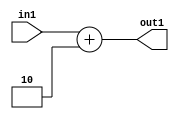
`timescale 1ps / 1ps
/*****************************************************************************
    Verilog RTL Description
    
    
    Created by: Stratus DpOpt 2019.1.01 
*******************************************************************************/

module DC_Filter_Add_12U_108_4 (
	in1,
	out1
	); /* architecture "behavioural" */ 
input [11:0] in1;
output [11:0] out1;
wire [11:0] asc001;

assign asc001 = 
	+(in1)
	+(12'B000000000010);

assign out1 = asc001;
endmodule

/* CADENCE  urn0TAE= : u9/ySgnWtBlWxVPRXgAZ4Og= ** DO NOT EDIT THIS LINE ******/